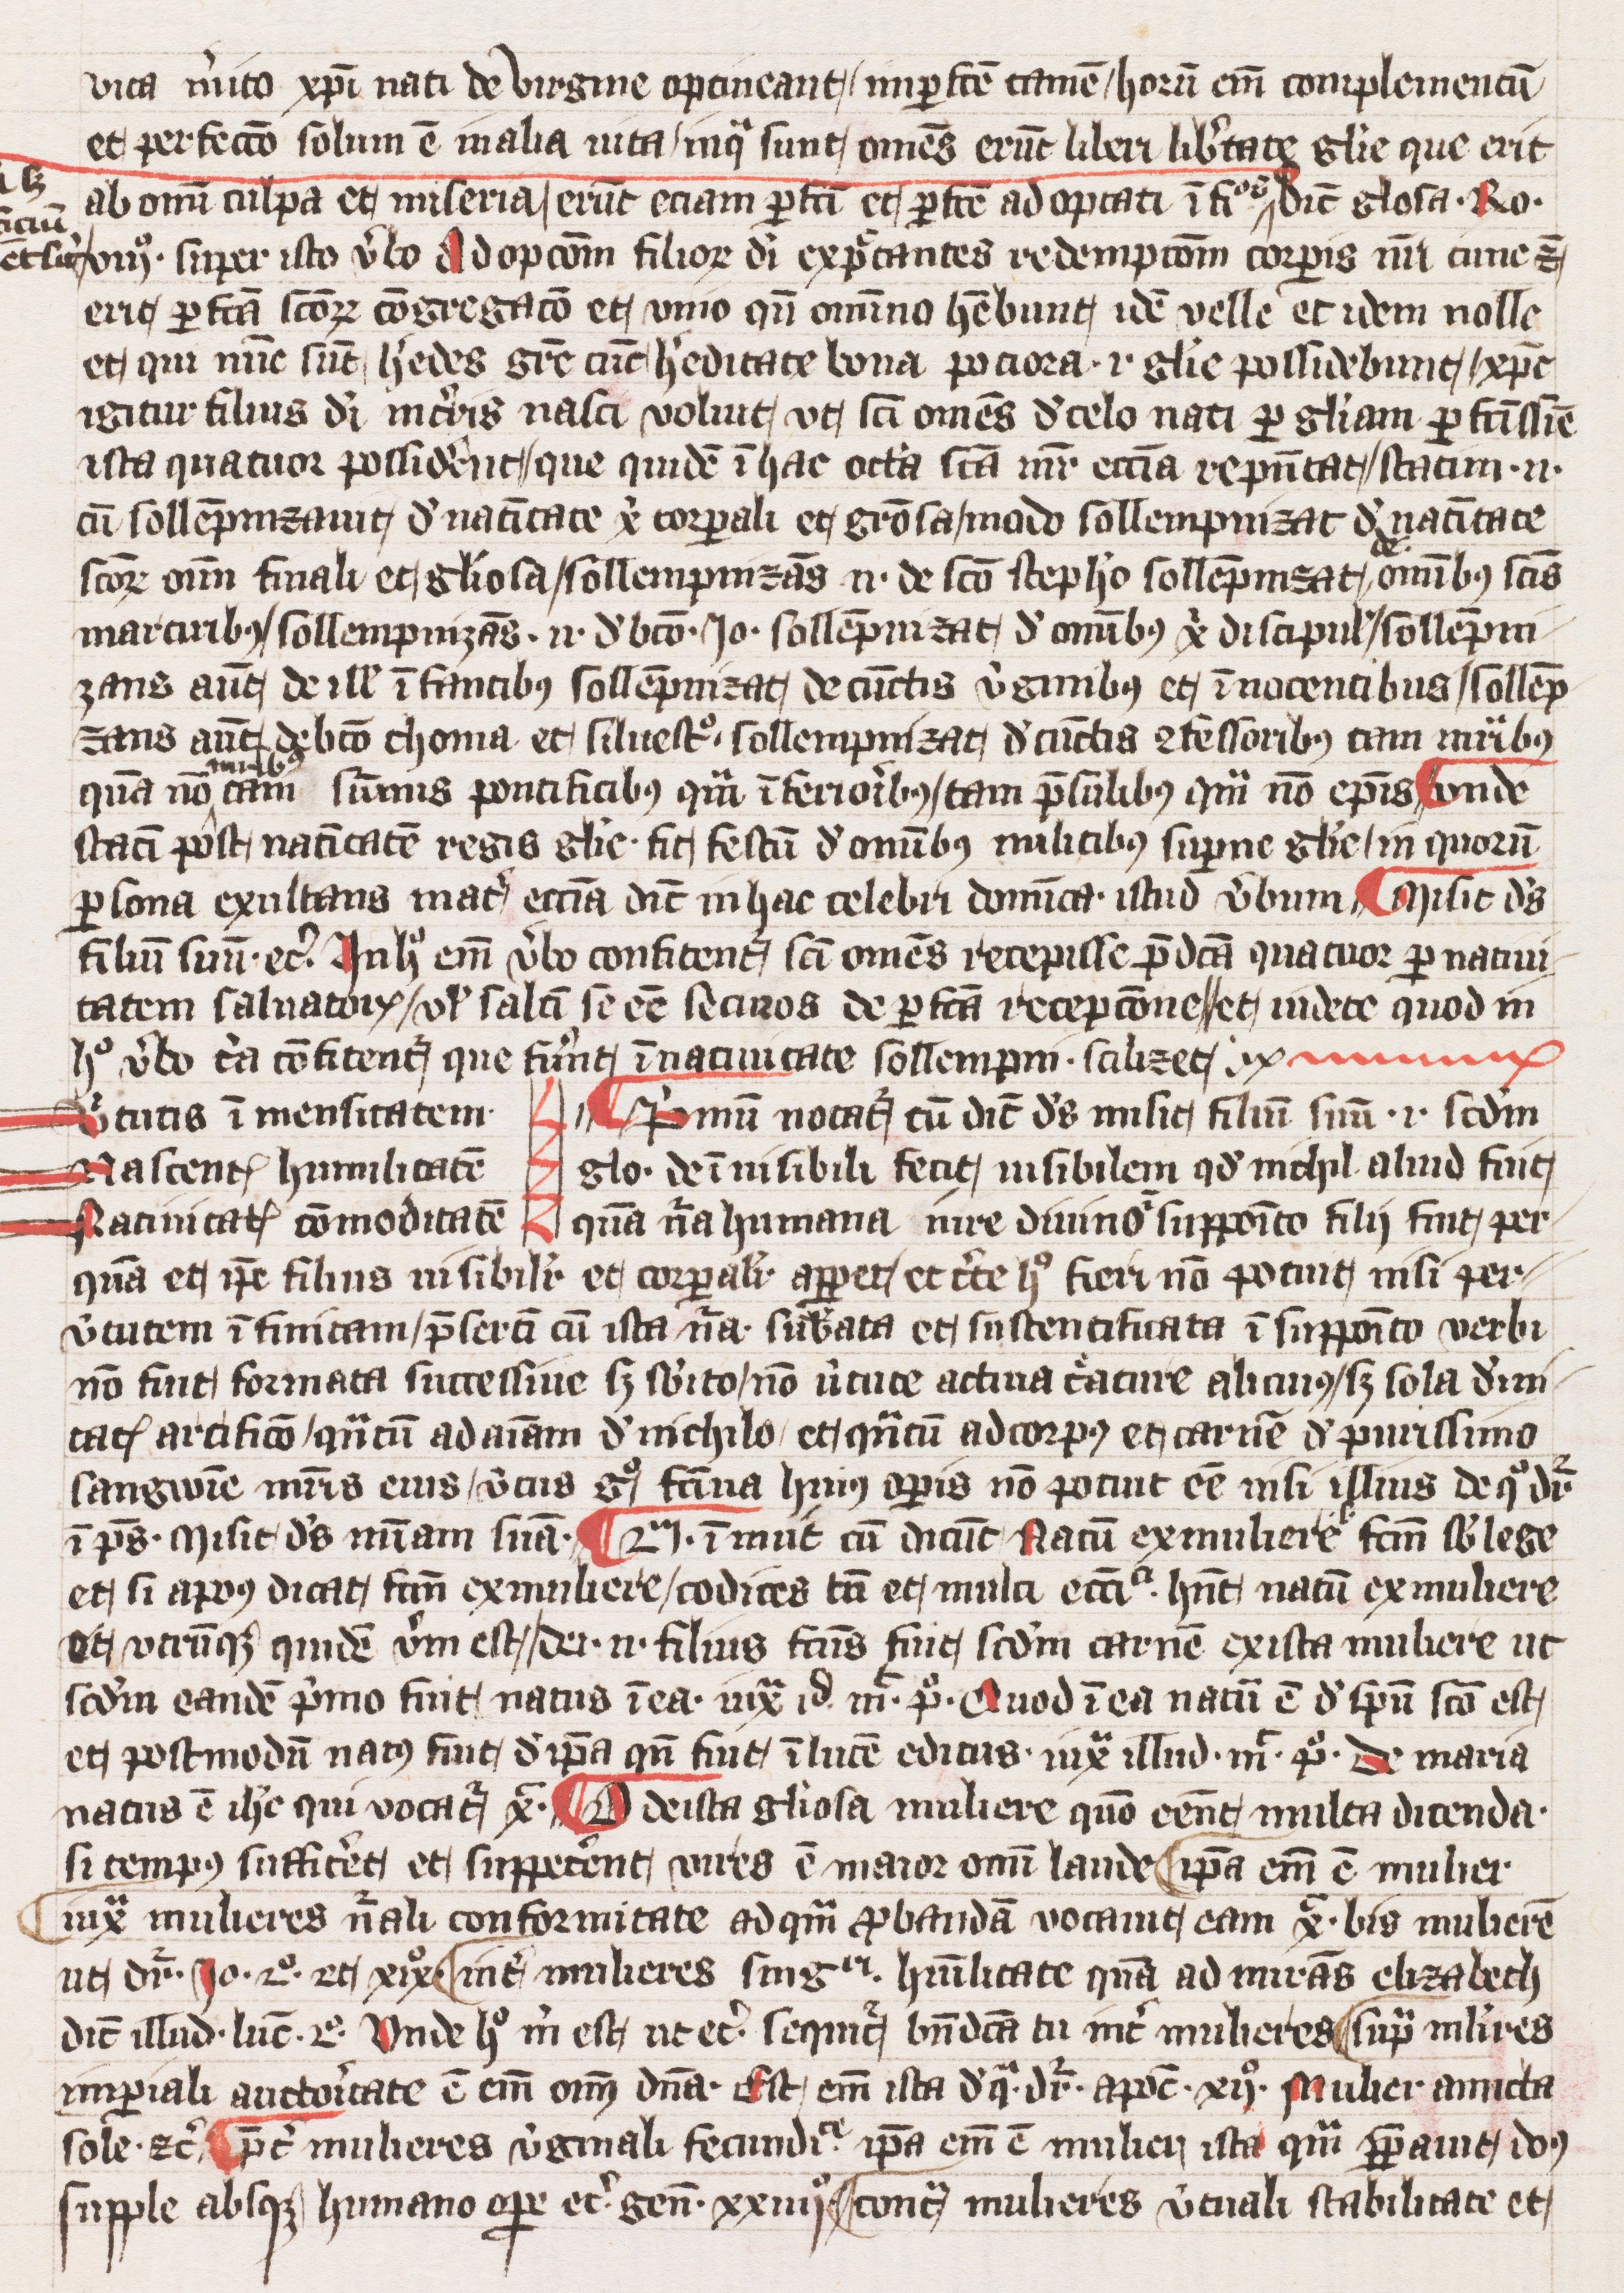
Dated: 1393–1393